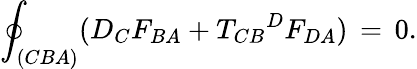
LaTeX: {\oint}_{(CBA)}(D_{C}F_{BA}+{{T_{CB}}^{D}}F_{DA})\, =\, 0.